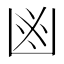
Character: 𠚍